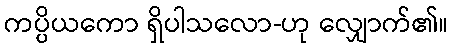
ကပ္ပိယကော ရှိပါသလော-ဟု လျှောက်၏။